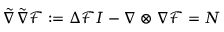
\tilde { \nabla } \tilde { \nabla } \mathcal { F } : = \Delta \mathcal { F } \boldsymbol { { I } } - \nabla \otimes \nabla \mathcal { F } = \boldsymbol { { N } }